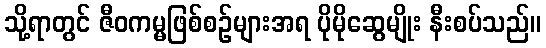
သို့ရာတွင် ဇီဝကမ္မဖြစ်စဉ်များအရ ပိုမိုဆွေမျိုး နီးစပ်သည်။